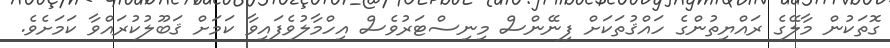
ގޮތަކުން މާލޭގެ ރައްޔިތުންގެ ހައްޤުތަކަށް ފިނޭންސް މިނިސްޓަރުވެސް އިހްމާލުވެފައިވާ ކަމަށް ޤަބޫލުކުރައްވާ ކަމަށެވެ.